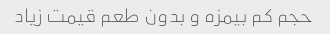
حجم کم بیمزه و بدون طعم قیمت زیاد